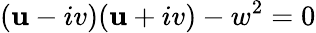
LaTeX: (\mathbf{u}-iv)(\mathbf{u}+iv)-w^{2}=0